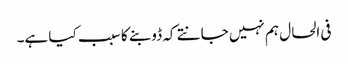
فی الحال ہم نہیں جانتے کہ ڈوبنے کا سبب کیا ہے۔